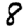
Digit: 8